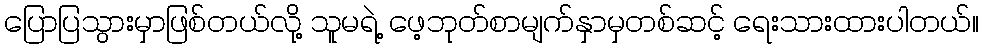
ပြောပြသွားမှာဖြစ်တယ်လို့ သူမရဲ့ ဖေ့ဘုတ်စာမျက်နှာမှတစ်ဆင့် ရေးသားထားပါတယ်။